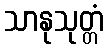
သာနုသုတ္တံ